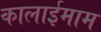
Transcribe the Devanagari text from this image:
कालाईमाम